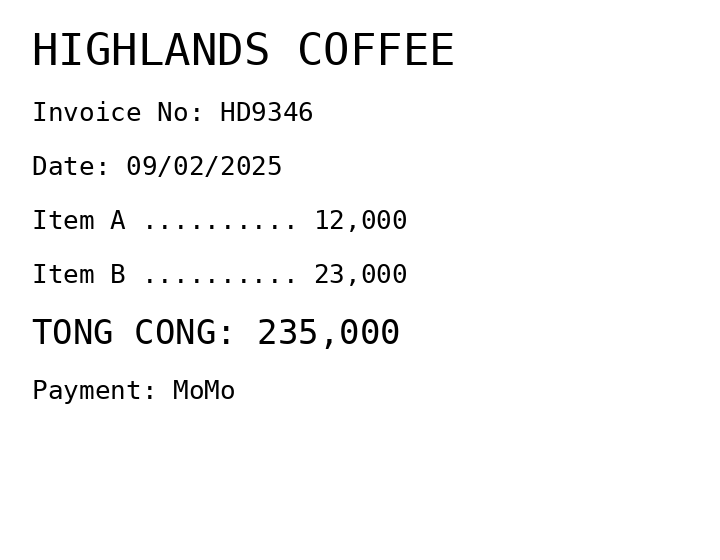
HIGHLANDS COFFEE
Invoice No: HD9346
Date: 09/02/2025
Item A .......... 12,000
Item B .......... 23,000
TONG CONG: 235,000
Payment: MoMo
Merchant: highlands coffee
Date: 2025-02-09
Total: 235000
Invoice No: HD9346
Payment method: MOMO